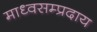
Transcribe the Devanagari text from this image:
माध्वसम्प्रदाय